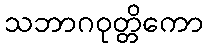
သဘာဂဝုတ္တိကော